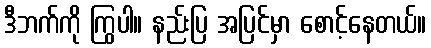
ဒီဘက်ကို ကြွပါ။ နည်းပြ အပြင်မှာ စောင့်နေတယ်။